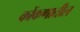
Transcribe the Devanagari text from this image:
कोंकणातील